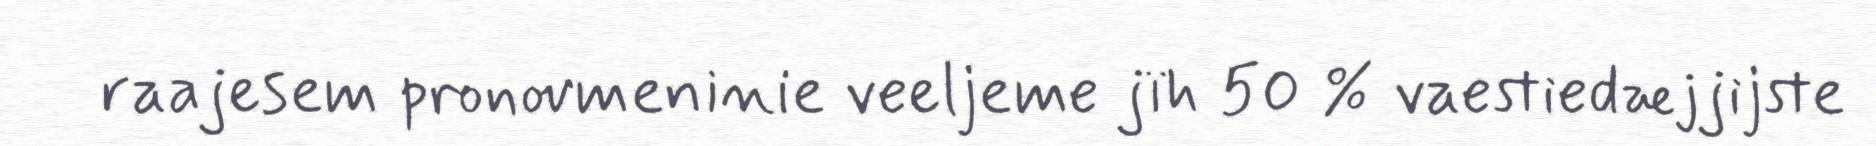
raajesem pronovmeninie veeljeme jïh 50 % vaestiedæjjijste